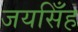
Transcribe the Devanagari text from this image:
जयसिँह